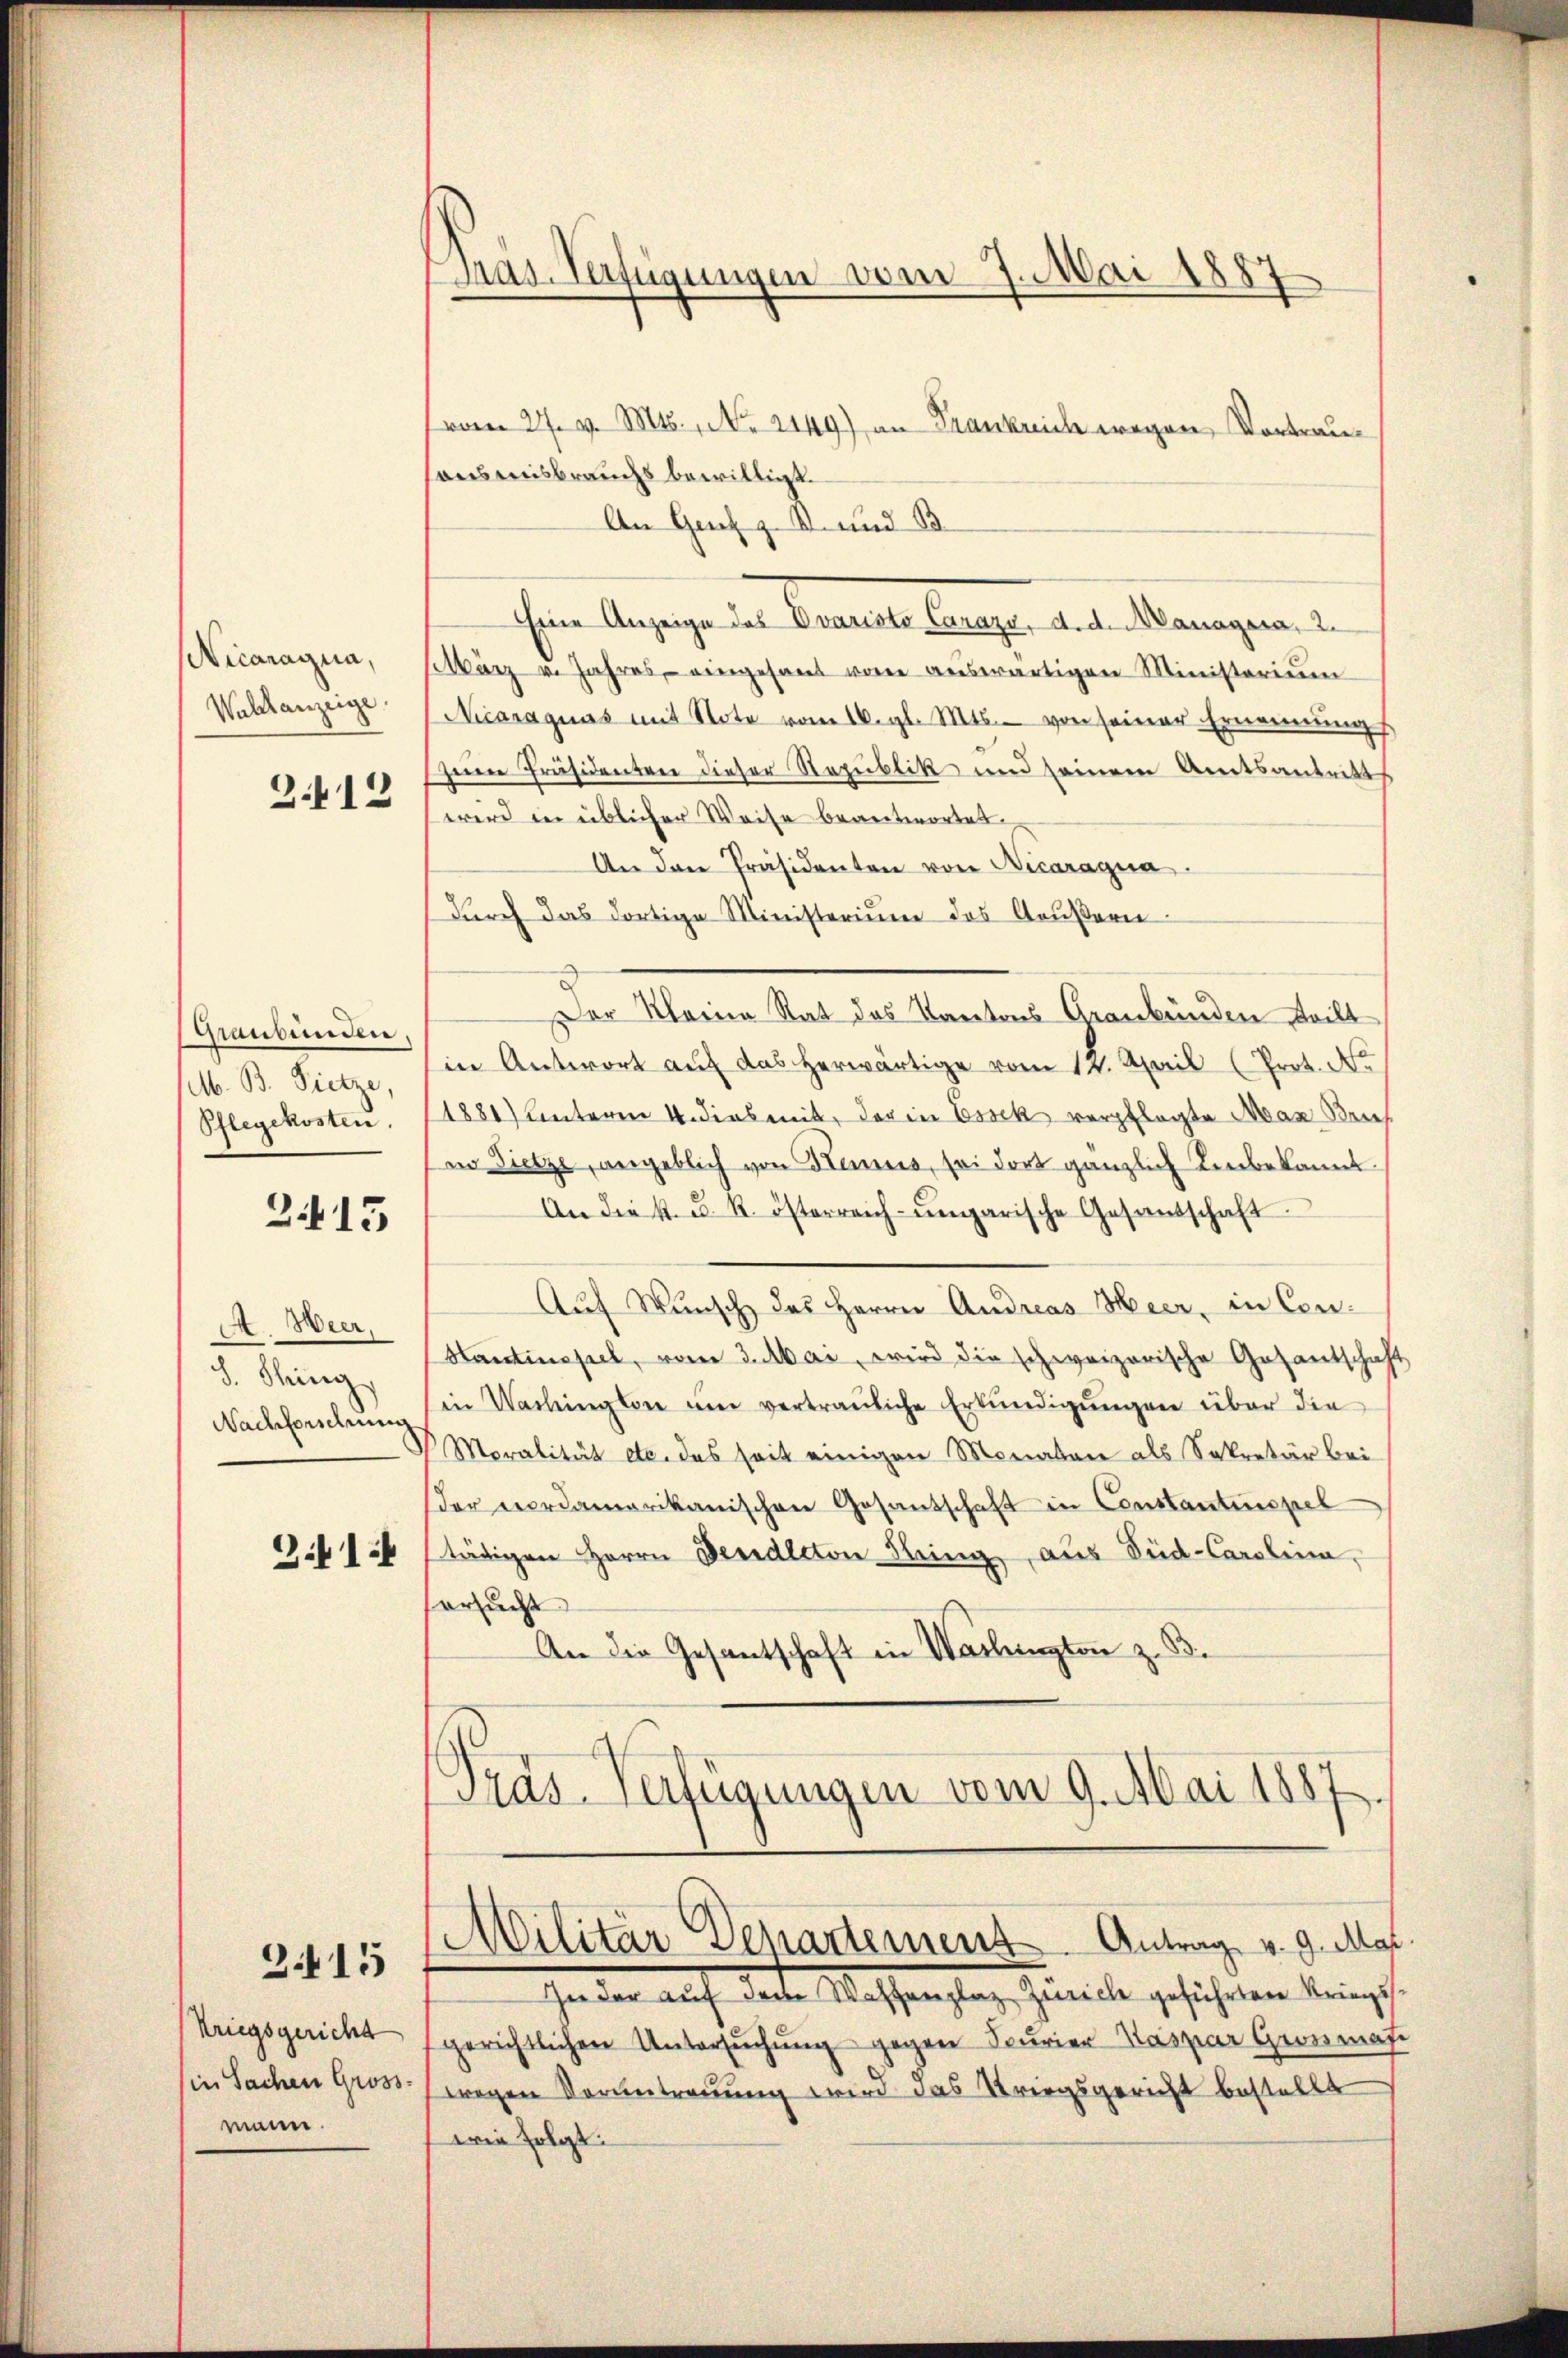
NNicaragua,
Wahlanzeige
3412

Graubünden
MM. B. Dietze,
Pflegekosten.

2415

A. Weer,
8. Sing,

315

Kriegsgericht
mann.

Mas-Verfügungen vom 7. Mai 1887

(vom 27. v. Mts., No. 2149) an Frankreich wegen Vortrauausweisbrauchs bewilligt.
An Genf z. B. und B
Eine Anzeige das Erariate Canage, d. d. Manayaca. 2
tarz u. Jahres eingesant vom aŭswärtigen Ministerium
Nicaraquas mit Note vom 16. gl. Mts. von seiner Ernennungs
zeine Präsidenten dieser Republik und seinem Amtsantritts
wird in üblicher Weise beantwortet.
An den Präsidenten von Nicaragua
durch das dortige Ministerium das Aeußern
Der Kleine Rat des Kantons Graubünden teilt
in Antwort auf das herwärtige vom 12. April (Prot. No
1881) unterm 4. dies mit, der in Essek verpflegte Max Reich
in Dietze, angeblich von Haus, sei dort gänzlich unbekannt.
An die k. u. R. österreich-ungarische Gesandschaft
Auf Wunsch des Herrn Andreas Heer, in Con¬
Hantinopel, vom 3. Mai, wird die schweizerische Gesantschaft
Nachforschŭng in Washington ŭm vertraŭliche Erkŭndigŭngen über die
Moralität etc. das seit einigen Monaten als Sekretär bei
der verdamerikanischen Gesandschaft in Constantenspiel
91 städigen Herrn Denaltton String aus Süd-Carolina
ersucht
An die Gesantschaft in Wachington z. B.
Pras-Verfügungen vom 9. Mai 1887.

Militär Departement. Antrag v. 9. Mas
In der auf der Waffenplaz Zürich geführten Kriegs¬

gerichtlichen Untersŭchŭng gegen Feurier Kaspar Geonmas
sie Sachen Gross (wegen Verantrauung wird das Kriegsgericht bestellt
wie folgt: